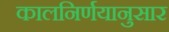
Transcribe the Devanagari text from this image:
कालनिर्णयानुसार